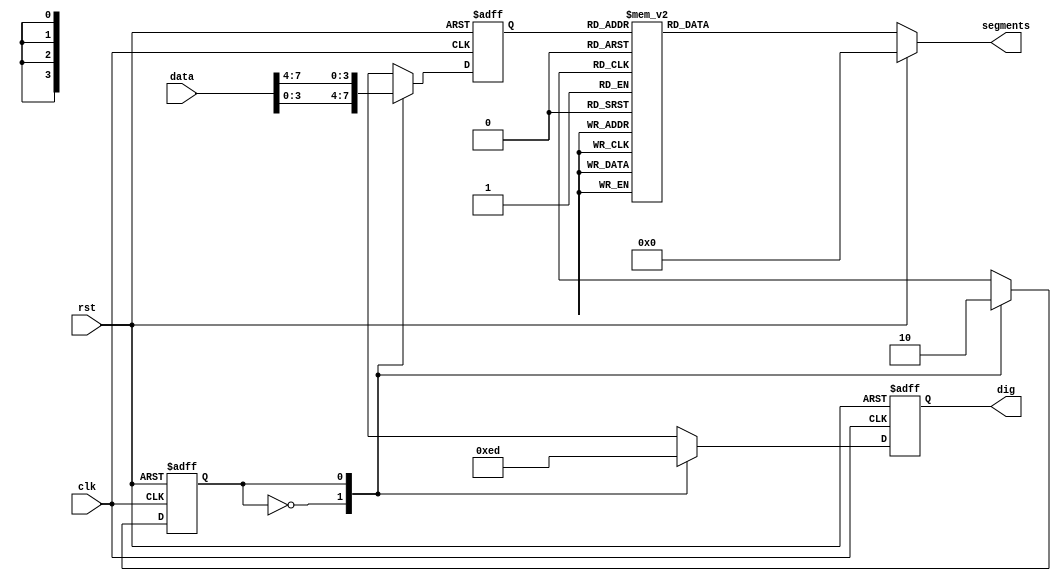
module seg2(clk, data, rst, dig, segments);

input clk;
input [7:0] data;
input rst;

output reg [3:0] dig;
output reg [7:0] segments;

reg [3:0] data_temp;
reg state;

// dig

always @ (posedge clk or posedge rst)
begin
    if (rst)
    begin
        dig <= 4'b1111;
        data_temp <= 0;
        state <= 0;
    end
    else
    begin
        case (state)
            0: begin
                dig <= 4'b1110;
                data_temp <= data[3:0];
                state <= 1;
            end 
            1: begin
                dig<= 4'b1101;
                data_temp <= data[7:4];
                state <= 0;
            end
            default: state <= 0;
        endcase
    end
end

always @ (*)
begin
    if (rst)
        segments = 8'h00;
    else
    begin
        case (data_temp)
            0: segments = 8'hc0;
            1: segments = 8'hf9;
            2: segments = 8'ha4;
            3: segments = 8'hb0;
            4: segments = 8'h99;
            5: segments = 8'h92;
            6: segments = 8'h82;
            7: segments = 8'hf8;
            8: segments = 8'h80;
            9: segments = 8'h90;
            10: segments = 8'h88;
            11: segments = 8'h83;
            12: segments = 8'hc6;
            13: segments = 8'ha1;
            14: segments = 8'h86;
            15: segments = 8'h8e;
            default: segments = 8'h00;
        endcase
    end
end
endmodule